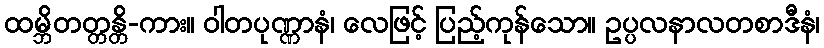
ထမ္ဘိတတ္တန္တိ-ကား။ ဝါတပုဏ္ဏာနံ၊ လေဖြင့် ပြည့်ကုန်သော။ ဥပ္ပလနာလတစာဒီနံ၊